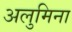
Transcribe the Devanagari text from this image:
अलुमिना